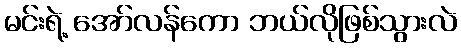
မင်းရဲ့ အော်လန်ကော ဘယ်လိုဖြစ်သွားလဲ